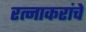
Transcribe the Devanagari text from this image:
रत्नाकरांचे